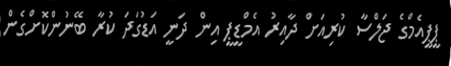
ޕީޕީއެމްގެ ޖަލްސާ ކުރިއަށް ދާއިރު އެމްޑީޕީ އިން ދަނީ އަޑުގަދަ ކުރާ ބޭނުންކޮށްގެން